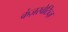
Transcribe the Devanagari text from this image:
कंज़रवेटिब्ज़